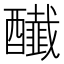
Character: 𨣲